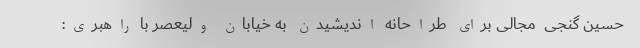
حسین گنجی  مجالی برای طراحانه اندیشیدن به خیابان ولیعصر با راهبری: